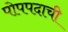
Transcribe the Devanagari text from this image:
पोपपदाची